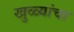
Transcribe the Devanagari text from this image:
खुळ्यांचा